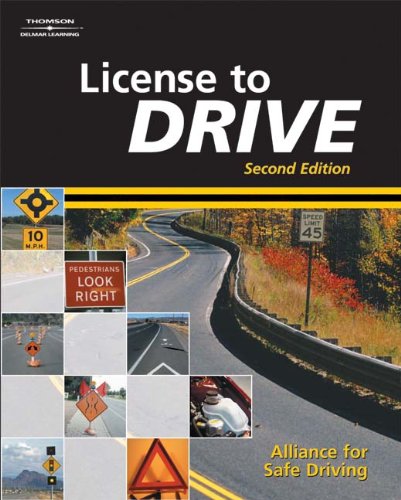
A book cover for License to Drive; Alliance for Safe Driving; Test Preparation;